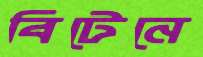
বিটেনে